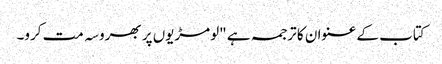
کتاب کے عنوان کا ترجمہ ہے "لومڑیوں پر بھروسہ مت کرو۔